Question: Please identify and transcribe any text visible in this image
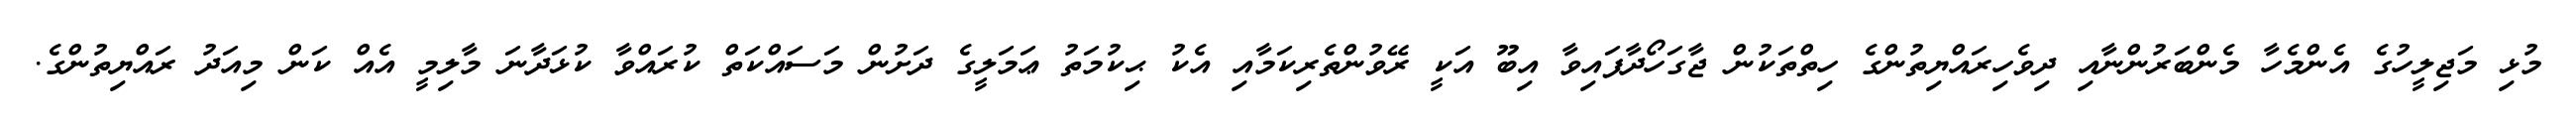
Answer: މުޅި މަޖިލީހުގެ އެންމެހާ މެންބަރުންނާއި ދިވެހިރައްޔިތުންގެ ހިތްތަކުން ޖާގަހޯދާފައިވާ އިބޫ އަކީ ރޭވުންތެރިކަމާއި އެކު ޙިކުމަތު ޢަމަލީގެ ދަށުން މަސައްކަތް ކުރައްވާ ކުޅަދާނަ މާލިމީ އެއް ކަން މިއަދު ރައްޔިތުންގެ.